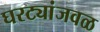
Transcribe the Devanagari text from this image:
घरट्यांजवळ